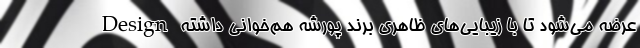
Design عرضه می‌شود تا با زیبایی‌های ظاهری برند پورشه هم‌خوانی داشته